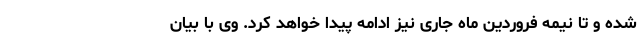
شده و تا نیمه فروردین ماه جاری نیز ادامه پیدا خواهد کرد. وی با بیان